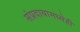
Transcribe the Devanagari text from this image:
संप्रदायामध्येही